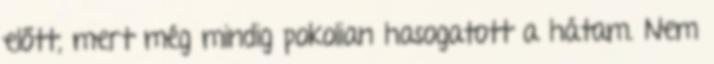
előtt, mert még mindig pokolian hasogatott a hátam. Nem